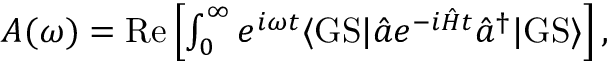
\begin{array} { r } { A ( \omega ) = \mathrm { R e } \left[ \int _ { 0 } ^ { \infty } e ^ { i \omega t } \langle \mathrm { G S } | \hat { a } e ^ { - i \hat { H } t } \hat { a } ^ { \dagger } | \mathrm { G S } \rangle \right] , } \end{array}